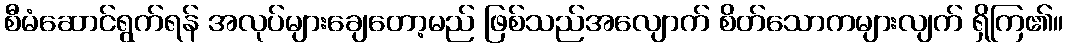
စီမံဆောင်ရွက်ရန် အလုပ်များချေတော့မည် ဖြစ်သည်အလျောက် စိတ်သောကများလျက် ရှိကြ၏။